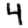
Digit: 4